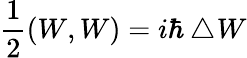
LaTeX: \frac{1}{2}(W,W)=i\hbar\bigtriangleup\! W